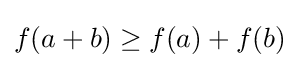
f(a+b)\geq f(a)+f(b)